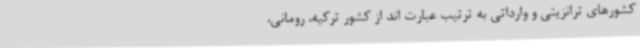
کشورهای ترانزیتی و وارداتی به ترتیب عبارت اند از کشور ترکیه، رومانی،